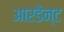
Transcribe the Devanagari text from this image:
आरडेन्ट